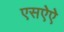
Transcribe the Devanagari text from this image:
एसऐऐ